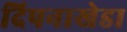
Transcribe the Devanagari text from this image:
दिपनाखेडा